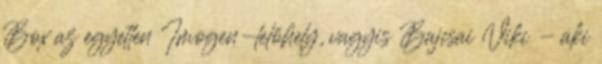
Box az egyetlen Imogen-lelőhely, vagyis Bajcsai Viki - aki